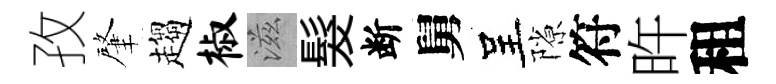
孜肇趨椒滋髮断舅呈隙符旿租